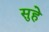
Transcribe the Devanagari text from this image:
सुहे